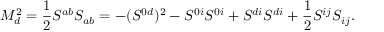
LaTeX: M _ { d } ^ { 2 } = \frac { 1 } { 2 } S ^ { a b } S _ { a b } = - ( S ^ { 0 d } ) ^ { 2 } - S ^ { 0 i } S ^ { 0 i } + S ^ { d i } S ^ { d i } + \frac { 1 } { 2 } S ^ { i j } S _ { i j } .